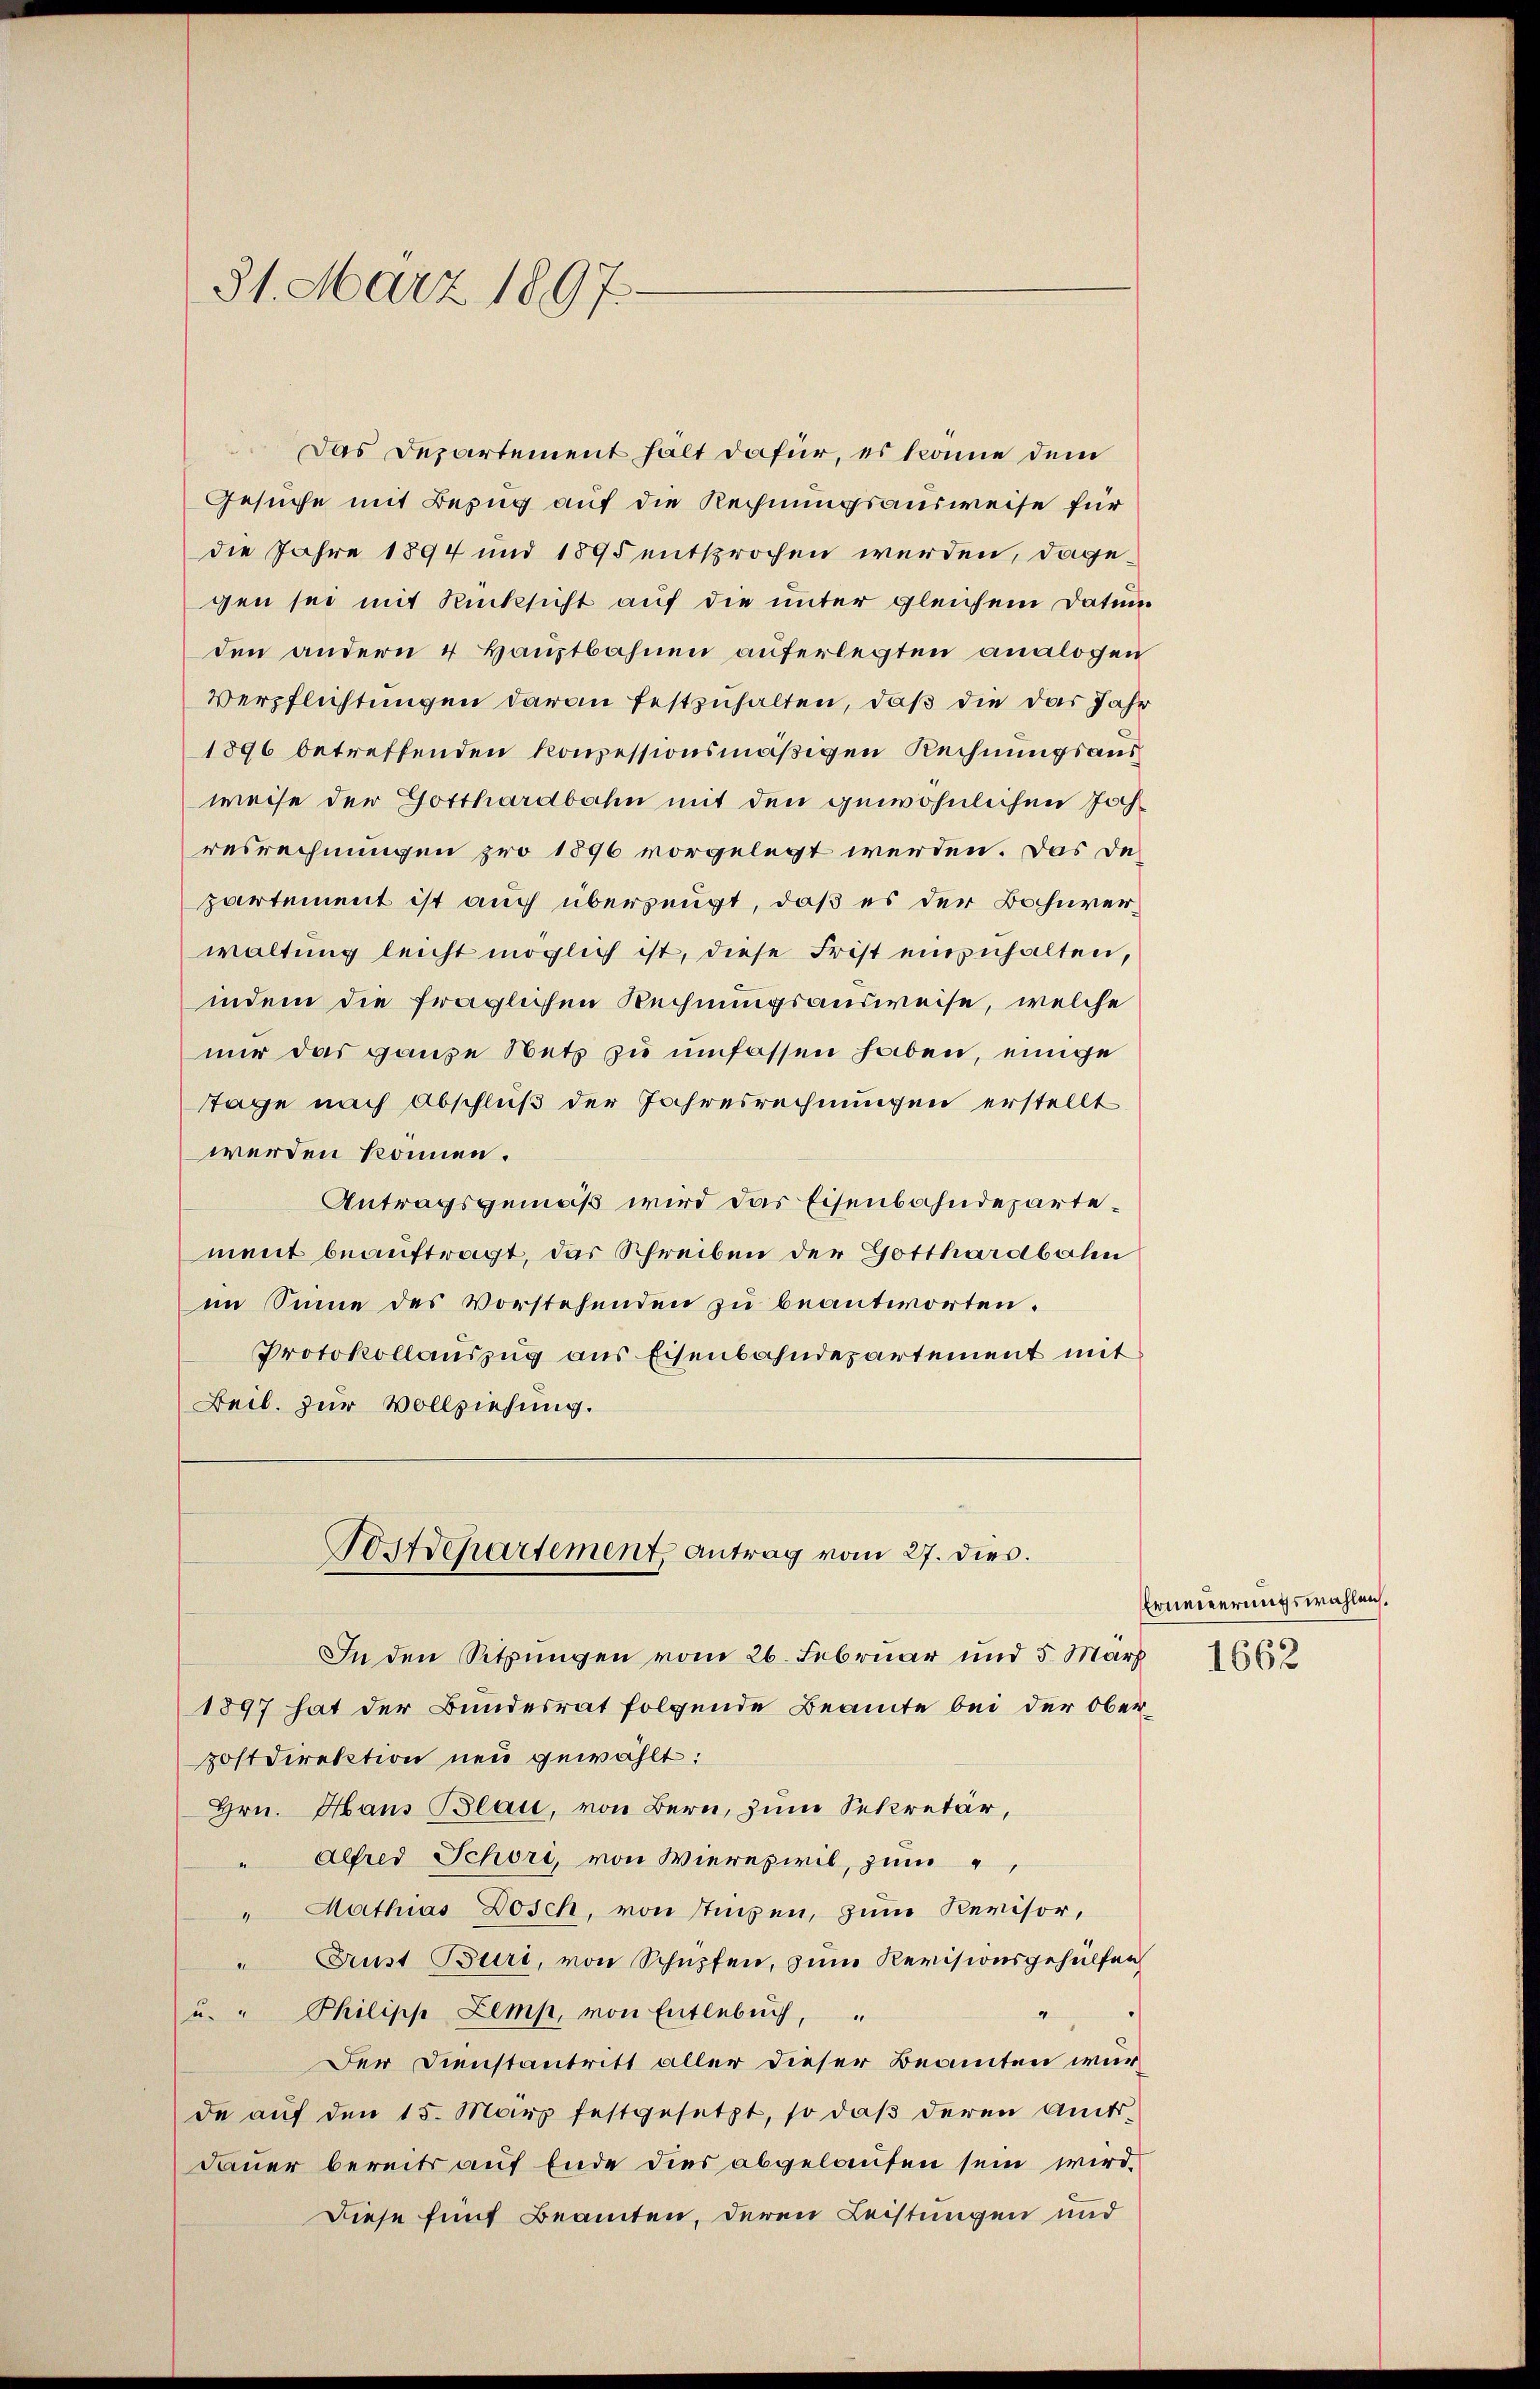
Das Departement halt dafür, es könne dem
Gesuche mit Bezug auf die Rechnungsausweise für
die Jahre 1894 und 1895 entsprochen werden, dage
gen sei mit Rücksicht auf die unter gleichem Datum
den andern 4 Hauptbahnen auferlegten analogen
Verpflichtungen daran festzuhalten, daß die das Jahr
1896 betreffenden konzessionsmäßigen Rechnungsausweise der Gotthardbahn mit den gewöhnlichen Jochresrechnungen pro 1896 vorgelegt werden. Das Departement ist auch überzeugt, daß es der Bohnverwaltung leicht möglich ist, diese Frist einzuhalten,
indem die fraglichen Rechnungsausweise, welche
nur das ganze Netz zu umfassen haben, einige
Tage nach Abschluß der Jahresrechnungen erstellt
werden können.
Antragsgemäß wird das Eisenbahndepartement beauftragt, das Schreiben der Gotthardbahn
im Sinne des Vorstehenden zu beantworten.
Protokollauszug aus Eisenbahndepartement mit
Beil. zur Vollziehung.

31. März 1897.

In den Sitzungen vom 26. Februar und 5 März
1897 hat der Bundesrat folgende Beamte bei der Ober
postdirektion neu gewählt:
Hrn. Hans Blau, von Bern, zum Sekretär,
" Alfred Schori, von Wierepiril, zum
" Mathias Dosch, von Stipen, zum Revisor,
" Erust Burt, von Schüpfen, zum Revisionsgehülfen
u. " Philipp Zemp, von Entlebung,
“
Der Dienstantritt aller dieser Beamten würde auf den 15. März festgesetzt, so daβ deren Amts¬
Dauer bereits auf Ende dies abgelaufen sein wird,
Diese fünf Beamten, deren Leistungen und

Postschartement, antrag vom 27. dies.

Erneuerungswahlen.
1662